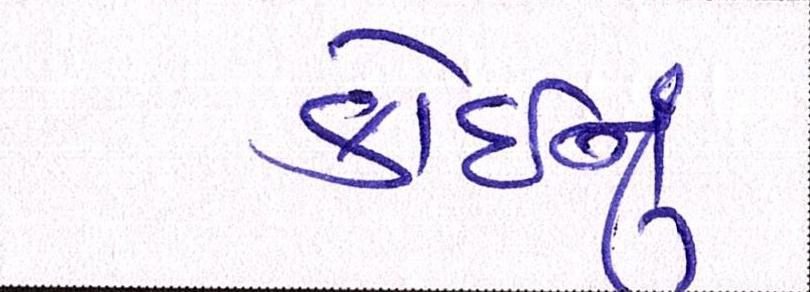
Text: કોઈનું